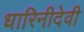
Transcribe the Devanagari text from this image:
धारिनीदेवी